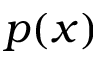
p ( x )